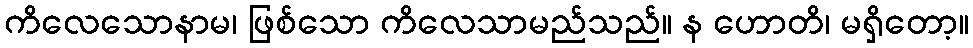
ကိလေသောနာမ၊ ဖြစ်သော ကိလေသာမည်သည်။ န ဟောတိ၊ မရှိတော့။